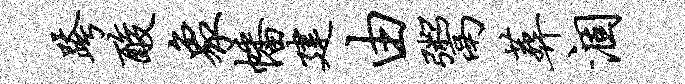
跨酸象幡建由鬻葬涸